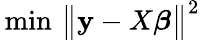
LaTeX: \operatorname{\, min}\, {\big\| }\mathbf{y}-X{\boldsymbol{\beta}}{\big\| }^{2}